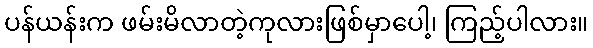
ပန်ယန်းက ဖမ်းမိလာတဲ့ကုလားဖြစ်မှာပေါ့၊ ကြည့်ပါလား။